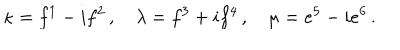
\kappa = f ^ { 1 } - i f ^ { 2 } \, , \quad \lambda = f ^ { 3 } + i f ^ { 4 } \, , \quad \mu = e ^ { 5 } - i e ^ { 6 } \, .